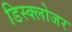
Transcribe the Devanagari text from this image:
डिस्क्लोजर